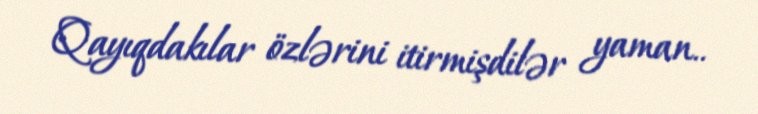
Qayıqdakılar özlərini itirmişdilər yaman..